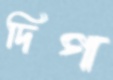
দিগ